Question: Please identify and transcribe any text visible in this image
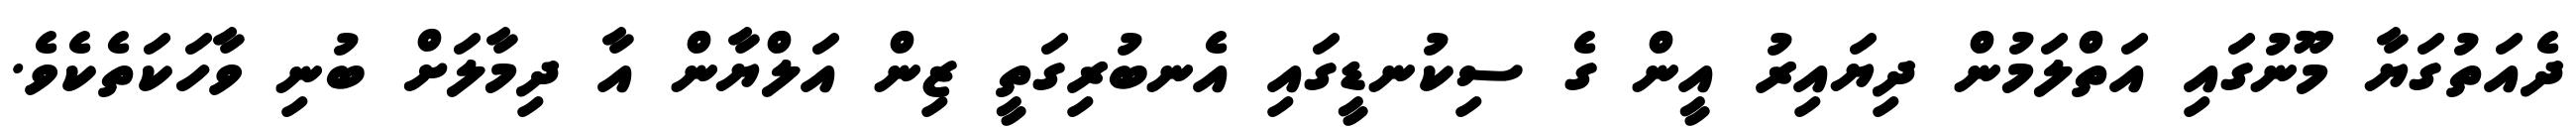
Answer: ދެއަތުގަޔާ މޫނުގައި އަތްލަމުން ދިޔައިރު އީން ގެ ސިކުނޑީގައި އެނބުރިގަތީ ޒިން އަލްޔާން އާ ދިމާލަށް ބުނި ވާހަކަތެކެވެ.